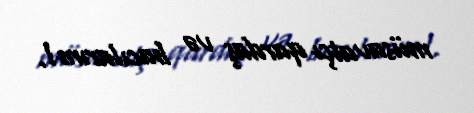
müsavatçı qardaş və bacılarım!.